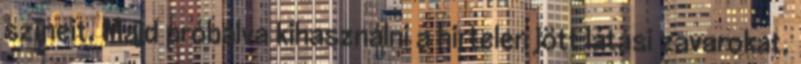
színeit. Majd próbálva kihasználni a hirtelen jött látási zavarokat,